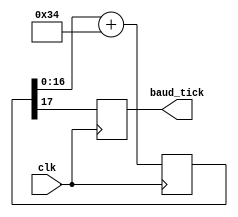
module baud_generator(
	input clk,
	output  baud_tick
);
parameter clk_frequency = 24_000_000 ;
parameter baud = 9600;
parameter baud_cnt_width = 17; /////16   18
parameter baud_temp = (baud<<baud_cnt_width)/clk_frequency;//2


reg [baud_cnt_width:0] baud_cnt;//
reg baud_tick_r;

always @(posedge clk) begin 
	baud_cnt <= baud_cnt[baud_cnt_width-1:0] + baud_temp;
	baud_tick_r <= baud_cnt[baud_cnt_width];
end 

assign baud_tick = baud_tick_r;
endmodule